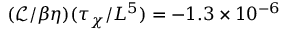
( \mathcal { L } / \beta \eta ) ( \tau _ { \chi } / L ^ { 5 } ) = - 1 . 3 \times 1 0 ^ { - 6 }